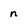
Character: n